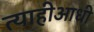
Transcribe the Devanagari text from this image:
त्याहीआधी